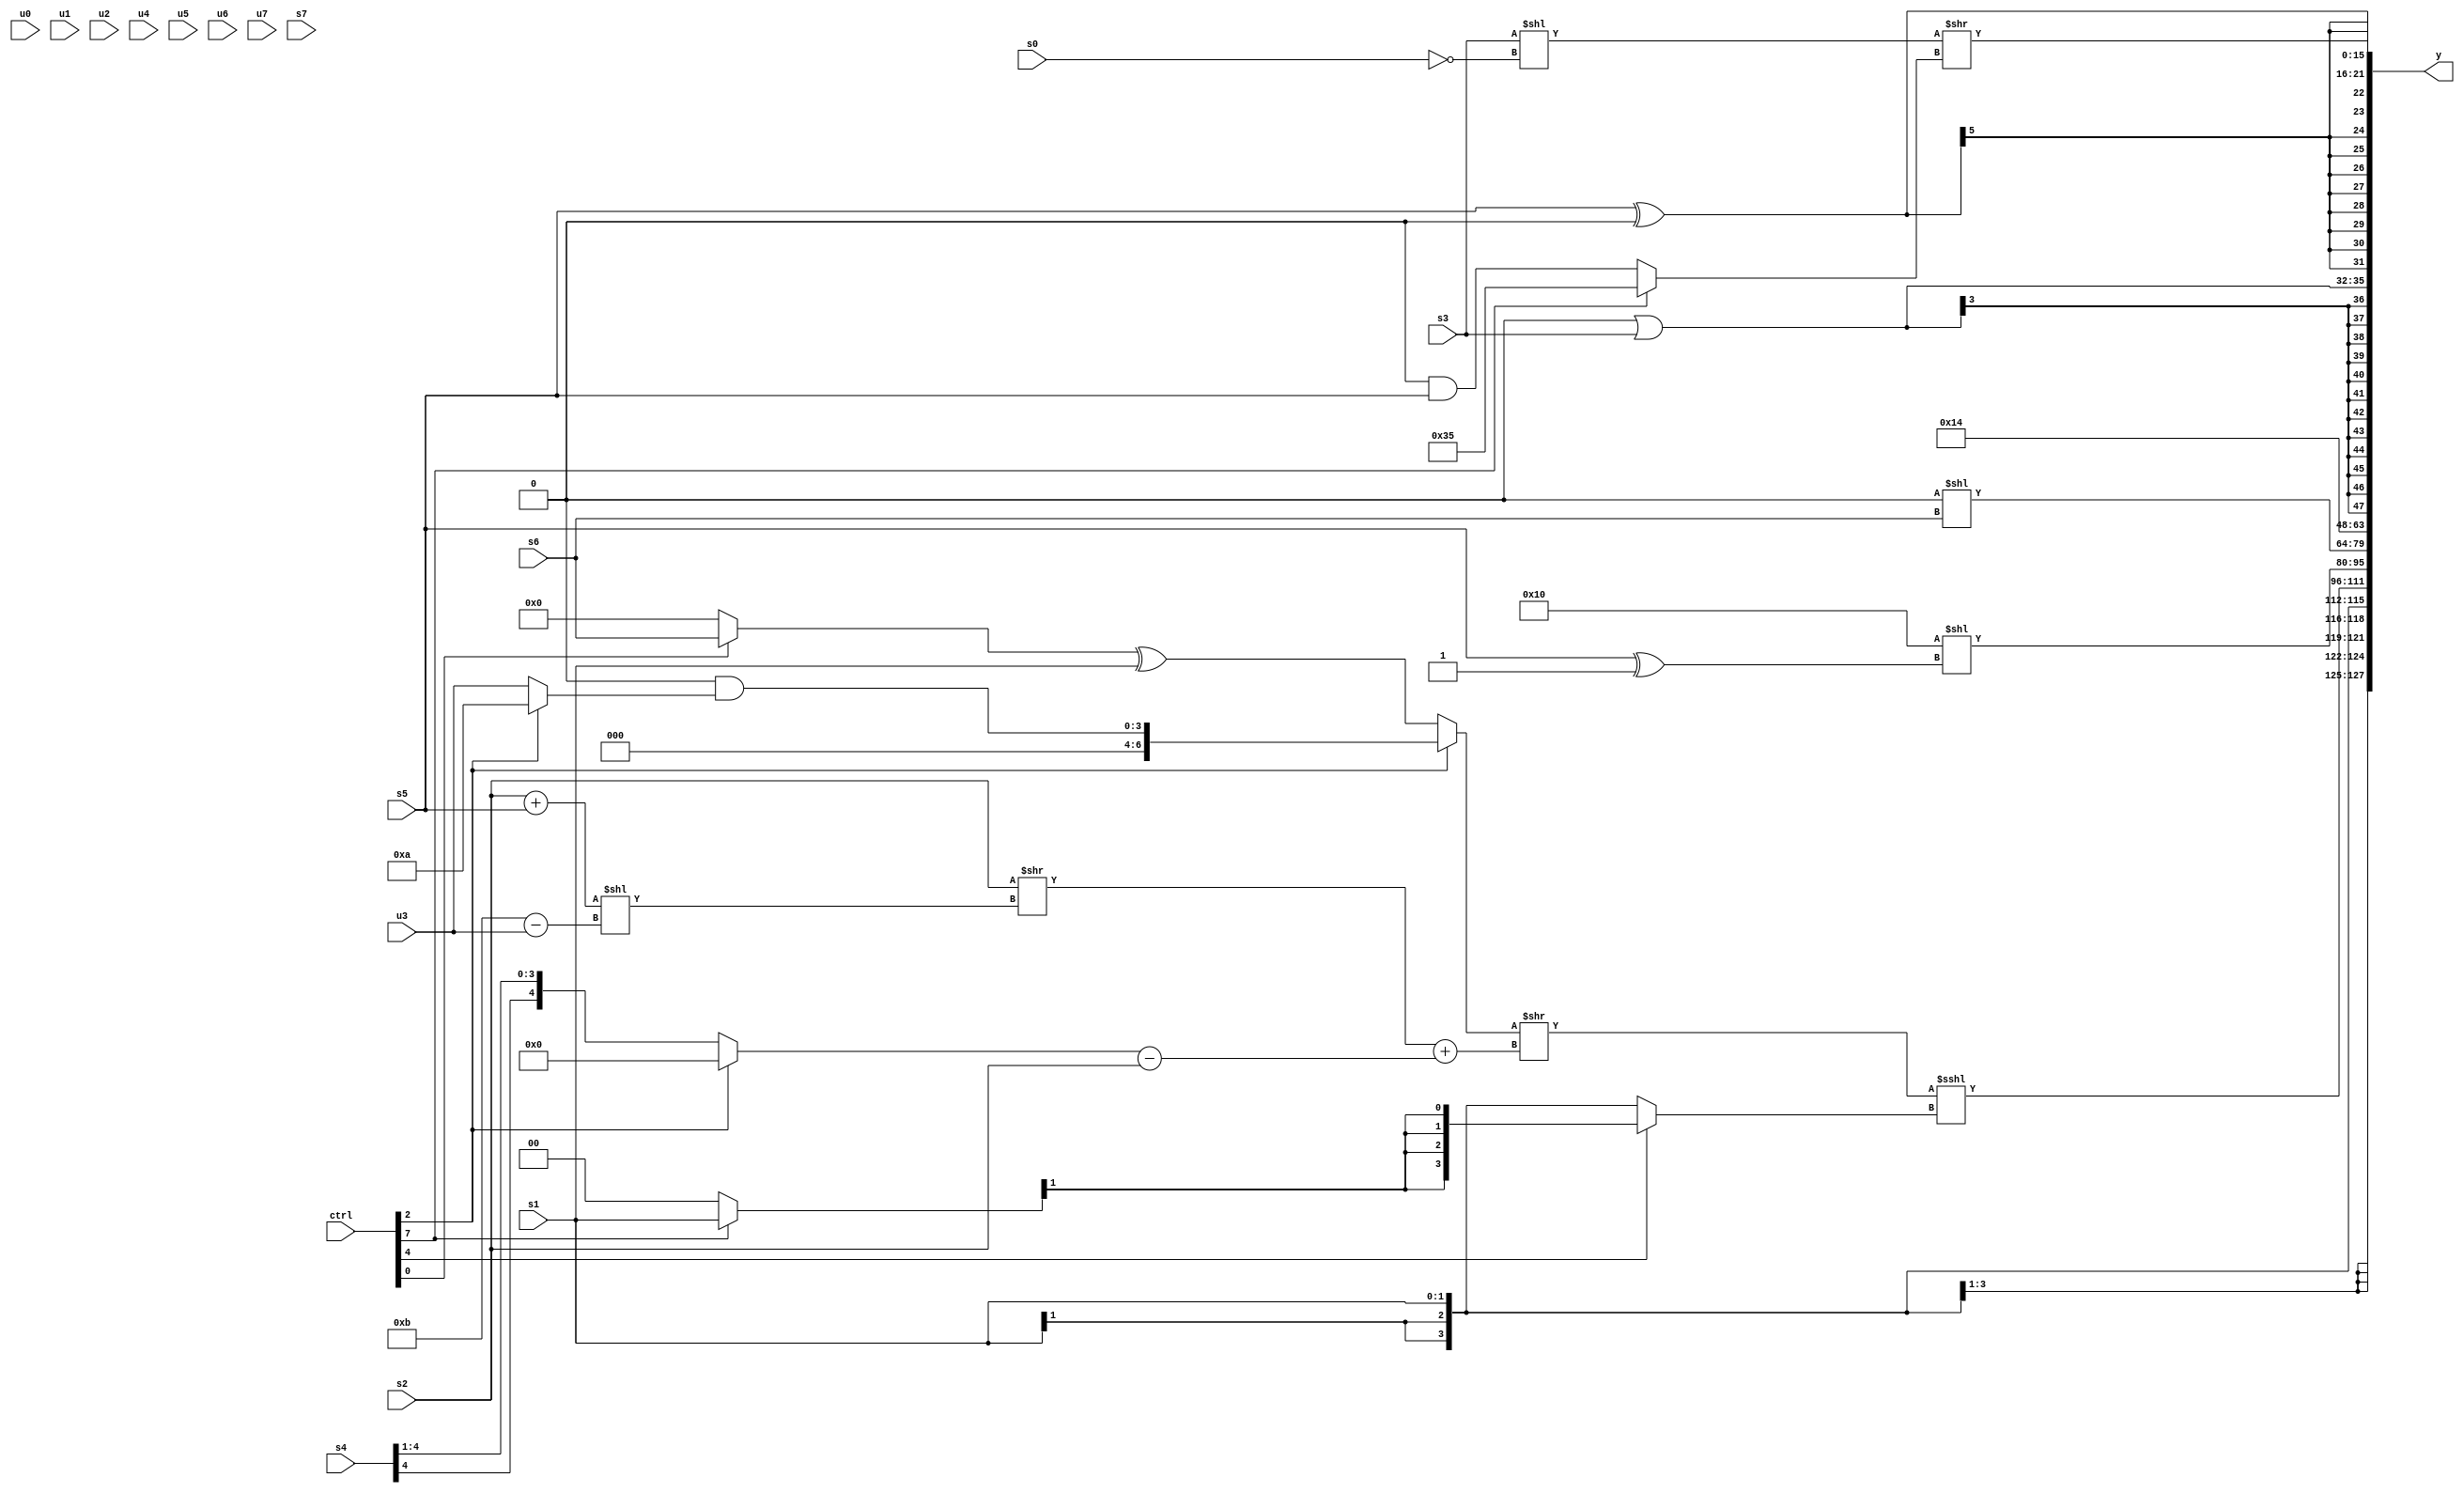
module wideexpr_00990(ctrl, u0, u1, u2, u3, u4, u5, u6, u7, s0, s1, s2, s3, s4, s5, s6, s7, y);
  input [7:0] ctrl;
  input [0:0] u0;
  input [1:0] u1;
  input [2:0] u2;
  input [3:0] u3;
  input [4:0] u4;
  input [5:0] u5;
  input [6:0] u6;
  input [7:0] u7;
  input signed [0:0] s0;
  input signed [1:0] s1;
  input signed [2:0] s2;
  input signed [3:0] s3;
  input signed [4:0] s4;
  input signed [5:0] s5;
  input signed [6:0] s6;
  input signed [7:0] s7;
  output [127:0] y;
  wire [15:0] y0;
  wire [15:0] y1;
  wire [15:0] y2;
  wire [15:0] y3;
  wire [15:0] y4;
  wire [15:0] y5;
  wire [15:0] y6;
  wire [15:0] y7;
  assign y = {y0,y1,y2,y3,y4,y5,y6,y7};
  assign y0 = s1;
  assign y1 = (($signed((ctrl[2]?(1'b0)&((ctrl[2]?5'b01010:u3)):((ctrl[0]?s6:3'b000))^(s1))))>>(((s2)>>(((s2)+(s5))<<((4'sb1011)-(u3))))+(((ctrl[2]?+(3'sb000):(s4)>>>(4'sb0001)))-($signed(s2)))))<<<((ctrl[4]?$signed({2{((ctrl[7]?s1:1'sb0))>>>({5'b01000,2'b01,6'sb100011})}}):s1));
  assign y2 = ($signed(6'sb010000))<<((s5)^(|(5'sb11101)));
  assign y3 = (2'sb00)<<(s6);
  assign y4 = 6'b010100;
  assign y5 = (1'sb0)|(s3);
  assign y6 = $signed((s5)^(+(^(+(-(3'sb101))))));
  assign y7 = (((s3)<<(!(s0)))<<<(($signed((3'sb100)+(s7)))<<({2{+(4'sb0100)}})))>>((ctrl[7]?6'sb110101:(((ctrl[4]?3'sb110:3'sb011))<<<($signed(6'sb111011)))&(+(s5))));
endmodule